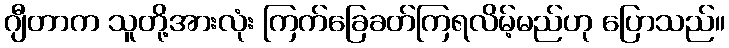
ဂျီတာက သူတို့အားလုံး ကြက်ခြေခတ်ကြရလိမ့်မည်ဟု ပြောသည်။